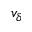
v _ { \delta }